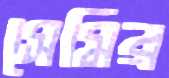
সেমির